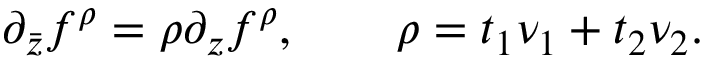
\partial _ { \bar { z } } f ^ { \rho } = \rho \partial _ { z } f ^ { \rho } , \qquad \rho = t _ { 1 } \nu _ { 1 } + t _ { 2 } \nu _ { 2 } .